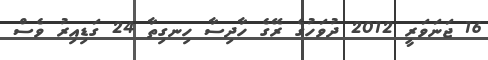
16 ޖަނަވަރީ 2012 ދުވަހުގެ ރޭގެ ހާދިސާ ހިނގިތާ 24 ގަޑިއިރު ވެސް